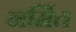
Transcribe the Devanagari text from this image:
नर्मित